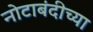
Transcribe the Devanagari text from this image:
नोटाबंदीच्या